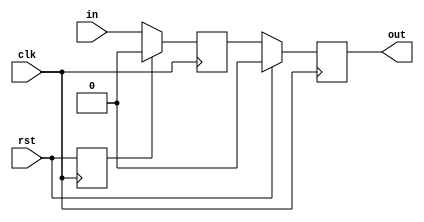
module TC_DelayLine (clk, rst, in, out);
    parameter UUID = 0;
    parameter NAME = "";
    parameter BIT_WIDTH = 1;
    input clk;
    input rst;
    input [BIT_WIDTH-1:0] in;
    output reg [BIT_WIDTH-1:0] out;

    reg [BIT_WIDTH-1:0] value;
    reg reset;
    
    initial begin
        out = {BIT_WIDTH{1'b0}};
        value = {BIT_WIDTH{1'b0}};
        reset = 1;
    end
    
    always @ (posedge clk) begin
        if (rst)
            out <= {BIT_WIDTH{1'b0}};
        else
            out <= value;
        reset <= rst;
    end
    always @ (negedge clk) begin
        if (reset)
            value <= {BIT_WIDTH{1'b0}};
        else
            value <= in;
    end
endmodule